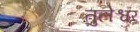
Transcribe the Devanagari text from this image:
तुलेश्वर